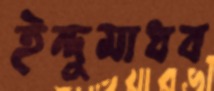
ইন্দুমাধব